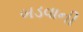
બડવાની